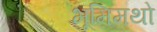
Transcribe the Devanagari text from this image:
भूमिमथो